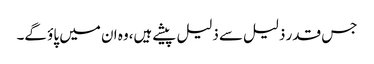
جس قدر ذلیل سے ذلیل پیشے ہیں،وہ ان میں پاؤ گے۔